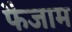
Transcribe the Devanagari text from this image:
फैजाम